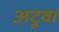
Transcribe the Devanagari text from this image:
अटूवा